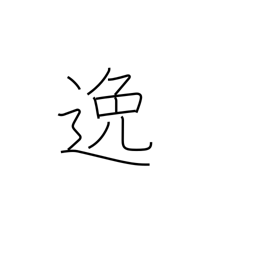
Meaning: elude